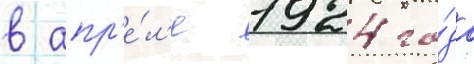
в апр'е́л'е 1924 го́да